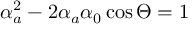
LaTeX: \alpha _ { a } ^ { 2 } - 2 \alpha _ { a } \alpha _ { 0 } \cos \Theta = 1